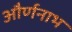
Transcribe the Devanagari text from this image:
और्णनाभ